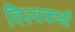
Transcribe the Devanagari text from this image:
विस्वकर्मा